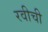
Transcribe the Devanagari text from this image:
रवीची